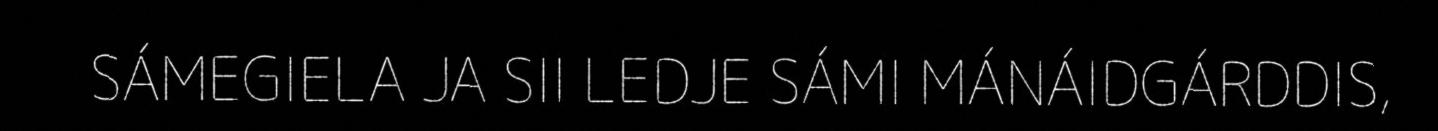
SÁMEGIELA JA SII LEDJE SÁMI MÁNÁIDGÁRDDIS,